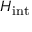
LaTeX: H _ { \mathrm { { i n t } } }